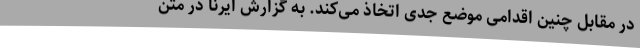
در مقابل چنین اقدامی موضع جدی اتخاذ می‌کند. به گزارش ایرنا در متن